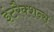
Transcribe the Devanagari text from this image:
इंटरैक्शन्स